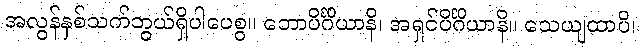
အလွန်နှစ်သက်ဘွယ်ရှိပါပေစွ။ ဘောပိင်္ဂိယာနိ၊ အရှင်ပိင်္ဂိယာနိ။ သေယျထာပိ၊